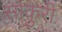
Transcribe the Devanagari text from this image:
साकुरी